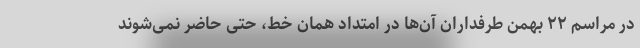
در مراسم ۲۲ بهمن طرفداران آن‌ها در امتداد همان خط، حتی حاضر نمی‌شوند